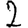
Digit: 2